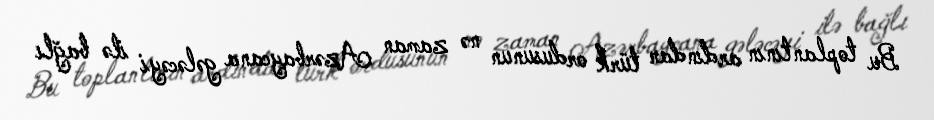
Bu toplantının ardından türk ordusunun nə zaman Azərbaycana gələcəyi ilə bağlı